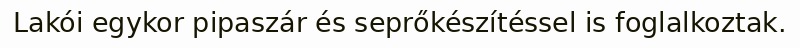
Lakói egykor pipaszár és seprőkészítéssel is foglalkoztak.